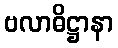
ဗလာဓိဋ္ဌာနာ